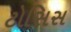
ટોસિસ